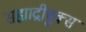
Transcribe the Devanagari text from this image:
सह्याद्रीबुक्स